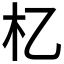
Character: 𣎷